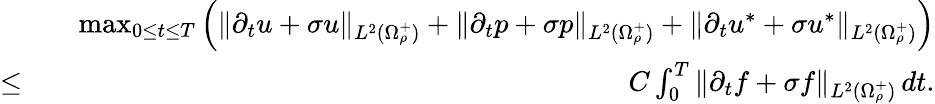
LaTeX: \begin{array}{rlr}&{}&{\operatorname*{max}_{0\leq t\leq T}\left(\| \partial_{t}u+\sigma u\| _{L^{2}(\Omega_{\rho}^{+})}+\| \partial_{t}p+\sigma p\| _{L^{2}(\Omega_{\rho}^{+})}+\| \partial_{t}u^{*}+\sigma u^{*}\| _{L^{2}(\Omega_{\rho}^{+})}\right)}\\ {\leq}&{}&{C\int_{0}^{T}\| \partial_{t}f+\sigma f\| _{L^{2}(\Omega_{\rho}^{+})}\, dt.}\end{array}